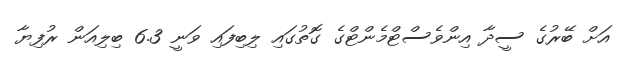
އަށް ބޭރުގެ ސީދާ އިންވެސްޓްމެންޓްގެ ގޮތުގައި ލިބިފައި ވަނީ 6.3 ބިލިއަން ރުފިޔާ